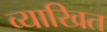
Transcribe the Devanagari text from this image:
व्याखित